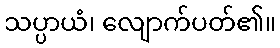
သပ္ပာယံ၊ လျောက်ပတ်၏။